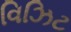
વિઝિટ